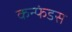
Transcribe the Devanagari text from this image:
कन्फंडस